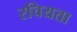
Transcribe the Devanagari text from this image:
रचियता